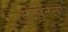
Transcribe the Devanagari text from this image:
सुटावलेल्या